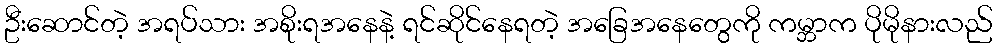
ဦးဆောင်တဲ့ အရပ်သား အစိုးရအနေနဲ့ ရင်ဆိုင်နေရတဲ့ အခြေအနေတွေကို ကမ္ဘာက ပိုမိုနားလည်